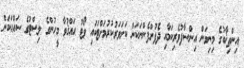
އިންތިޚާބުގެ މިނިވަން އިންސާފުވެރިކަމާއި ދެފުށްފެންނަކަން ކަށަވަރުކުރުމަށްޓަކައި ވޯޓު ޙައްޤުވާ މީހުންގެ ލިސްޓުގެ ސައްޙަކަން